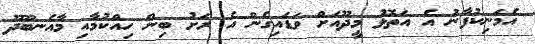
އެމަނިކުފާނު އެ އަތޮޅު މީދޫއަށް ވަޑައިގެން އެ ރަށު ބިން ހިއްކުމާއި މާއެނބޫދޫ